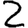
Digit: 2